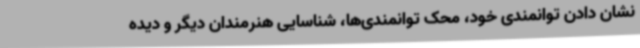
نشان دادن توانمندی خود، محک توانمندی‌ها، شناسایی هنرمندان دیگر و دیده